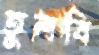
তুলবি